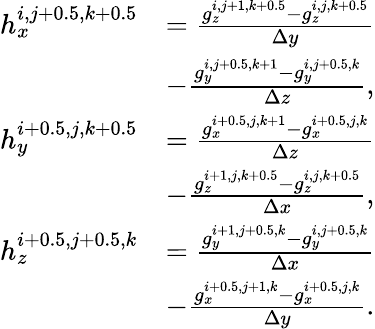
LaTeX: \begin{array}{rl}{h_{x}^{i,j+0.5,k+0.5}}&{=\frac{g_{z}^{i,j+1,k+0.5}-g_{z}^{i,j,k+0.5}}{\Delta y}}\\ &{-\frac{g_{y}^{i,j+0.5,k+1}-g_{y}^{i,j+0.5,k}}{\Delta z},}\\ {h_{y}^{i+0.5,j,k+0.5}}&{=\frac{g_{x}^{i+0.5,j,k+1}-g_{x}^{i+0.5,j,k}}{\Delta z}}\\ &{-\frac{g_{z}^{i+1,j,k+0.5}-g_{z}^{i,j,k+0.5}}{\Delta x},}\\ {h_{z}^{i+0.5,j+0.5,k}}&{=\frac{g_{y}^{i+1,j+0.5,k}-g_{y}^{i,j+0.5,k}}{\Delta x}}\\ &{-\frac{g_{x}^{i+0.5,j+1,k}-g_{x}^{i+0.5,j,k}}{\Delta y}.}\end{array}